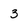
Character: 3